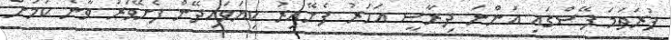
ފުރަތަމަ ފޭސްގައި އަންނަ ދިރާސީ އަހަރު ފެށޭއިރު ކިޔަވައިދޭން ފެށޭވަރު ވާނެ ކަމަށް